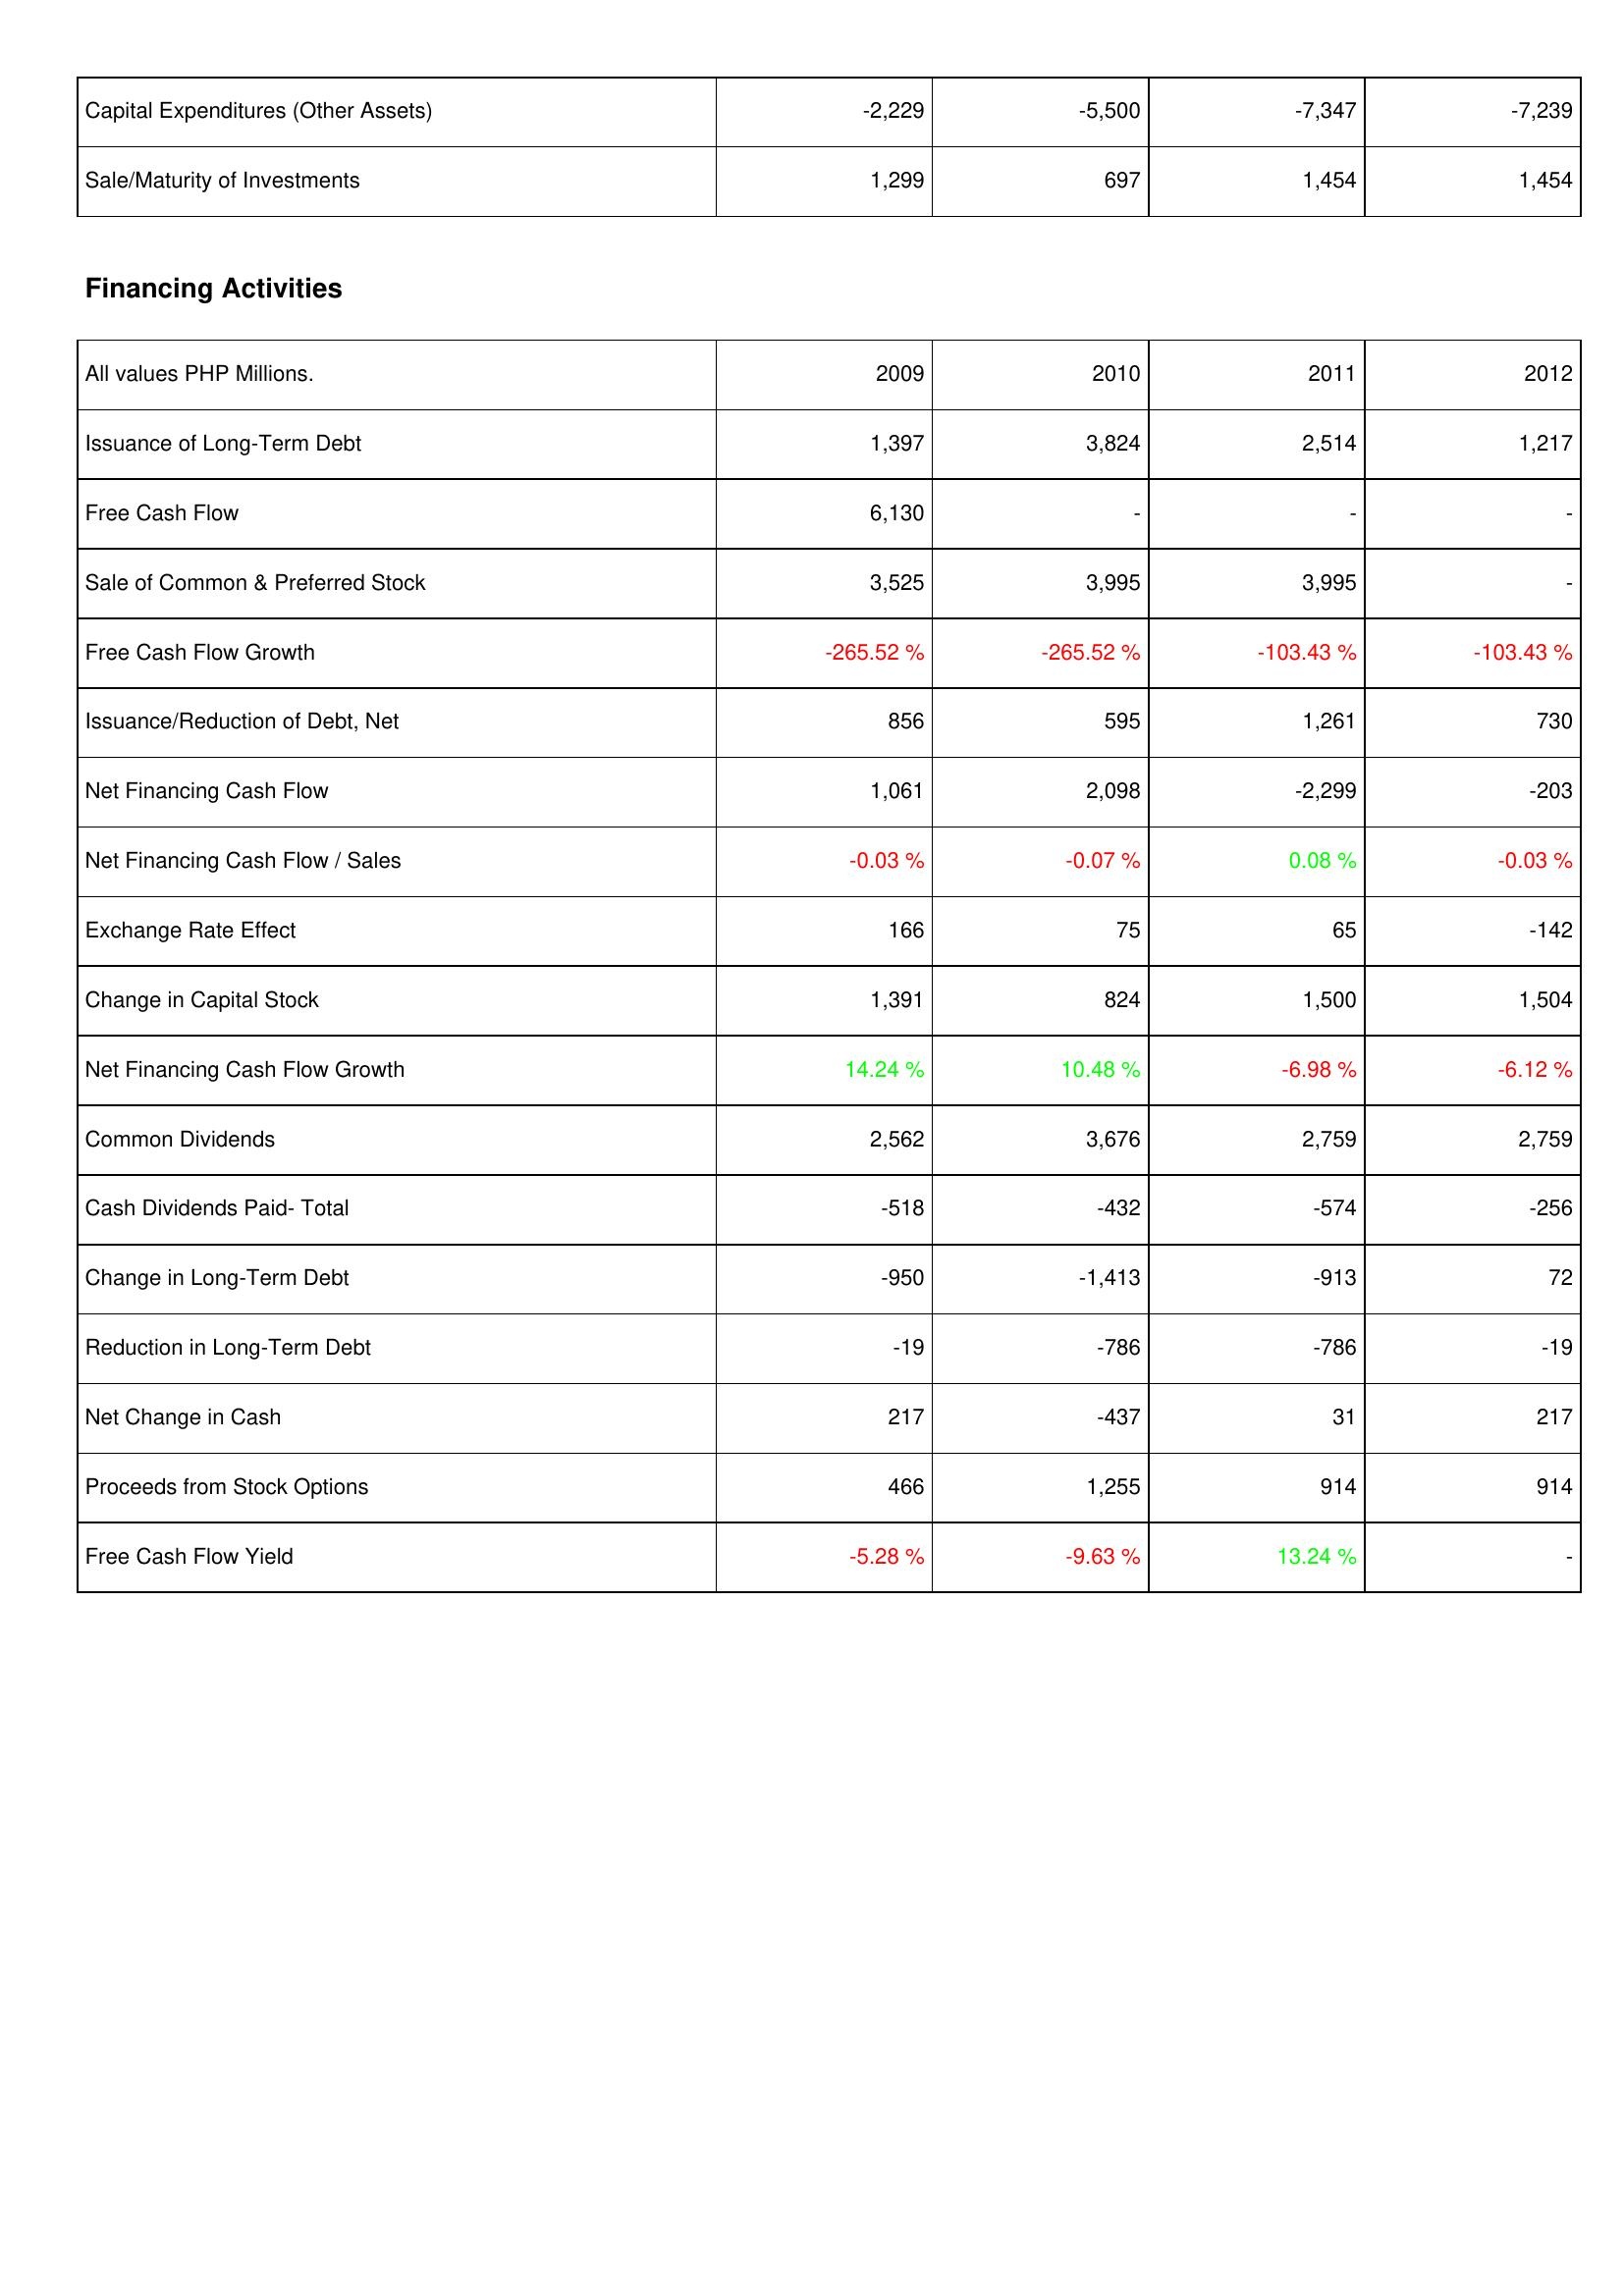
2009: Investing Activities: Capital Expenditures (Other Assets): -2,229
Sale/Maturity of Investments: 1,299
Financing Activities: Issuance of Long-Term Debt: 1,397
Free Cash Flow: 6,130
Sale of Common & Preferred Stock: 3,525
Free Cash Flow Growth: -265.52 %
Issuance/Reduction of Debt, Net: 856
Net Financing Cash Flow: 1,061
Net Financing Cash Flow / Sales: -0.03 %
Exchange Rate Effect: 166
Change in Capital Stock: 1,391
Net Financing Cash Flow Growth: 14.24 %
Common Dividends: 2,562
Cash Dividends Paid- Total: -518
Change in Long-Term Debt: -950
Reduction in Long-Term Debt: -19
Net Change in Cash: 217
Proceeds from Stock Options: 466
Free Cash Flow Yield: -5.28 %
2010: Investing Activities: Capital Expenditures (Other Assets): -5,500
Sale/Maturity of Investments: 697
Financing Activities: Issuance of Long-Term Debt: 3,824
Free Cash Flow: -
Sale of Common & Preferred Stock: 3,995
Free Cash Flow Growth: -265.52 %
Issuance/Reduction of Debt, Net: 595
Net Financing Cash Flow: 2,098
Net Financing Cash Flow / Sales: -0.07 %
Exchange Rate Effect: 75
Change in Capital Stock: 824
Net Financing Cash Flow Growth: 10.48 %
Common Dividends: 3,676
Cash Dividends Paid- Total: -432
Change in Long-Term Debt: -1,413
Reduction in Long-Term Debt: -786
Net Change in Cash: -437
Proceeds from Stock Options: 1,255
Free Cash Flow Yield: -9.63 %
2011: Investing Activities: Capital Expenditures (Other Assets): -7,347
Sale/Maturity of Investments: 1,454
Financing Activities: Issuance of Long-Term Debt: 2,514
Free Cash Flow: -
Sale of Common & Preferred Stock: 3,995
Free Cash Flow Growth: -103.43 %
Issuance/Reduction of Debt, Net: 1,261
Net Financing Cash Flow: -2,299
Net Financing Cash Flow / Sales: 0.08 %
Exchange Rate Effect: 65
Change in Capital Stock: 1,500
Net Financing Cash Flow Growth: -6.98 %
Common Dividends: 2,759
Cash Dividends Paid- Total: -574
Change in Long-Term Debt: -913
Reduction in Long-Term Debt: -786
Net Change in Cash: 31
Proceeds from Stock Options: 914
Free Cash Flow Yield: 13.24 %
2012: Investing Activities: Capital Expenditures (Other Assets): -7,239
Sale/Maturity of Investments: 1,454
Financing Activities: Issuance of Long-Term Debt: 1,217
Free Cash Flow: -
Sale of Common & Preferred Stock: -
Free Cash Flow Growth: -103.43 %
Issuance/Reduction of Debt, Net: 730
Net Financing Cash Flow: -203
Net Financing Cash Flow / Sales: -0.03 %
Exchange Rate Effect: -142
Change in Capital Stock: 1,504
Net Financing Cash Flow Growth: -6.12 %
Common Dividends: 2,759
Cash Dividends Paid- Total: -256
Change in Long-Term Debt: 72
Reduction in Long-Term Debt: -19
Net Change in Cash: 217
Proceeds from Stock Options: 914
Free Cash Flow Yield: -